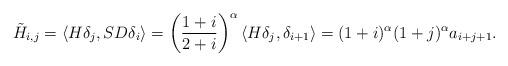
LaTeX: \begin{align*}\tilde{H}_{i,j}=\langle H\delta_j,SD\delta_i\rangle = \left(\frac{1+i}{2+i}\right)^{\alpha}\langle H\delta_j,\delta_{i+1}\rangle = (1+i)^\alpha(1+j)^\alpha a_{i+j+1}.\end{align*}